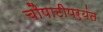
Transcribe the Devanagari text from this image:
चौपाटीपर्यंत